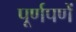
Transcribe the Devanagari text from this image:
पूर्णपणें